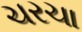
ચરચા